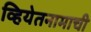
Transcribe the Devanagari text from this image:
व्हियेतनामाची